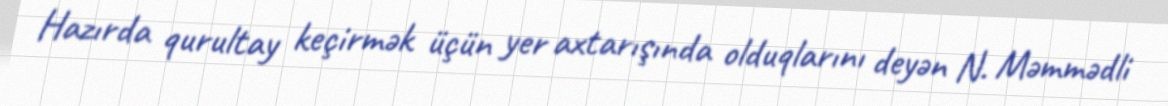
Hazırda qurultay keçirmək üçün yer axtarışında olduqlarını deyən N. Məmmədli